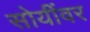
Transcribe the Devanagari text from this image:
सोयींवर